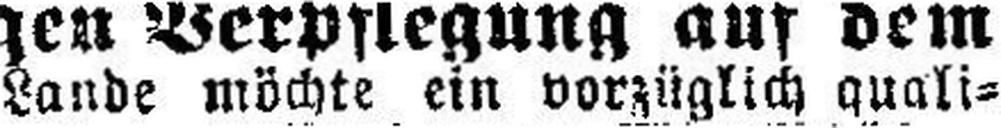
Lande möchte ein vorzüglich quali¬